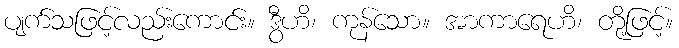
ပျက်သဖြင့်လည်းကောင်း။ ဒွီဟိ၊ ကုန်သော။ အာကာရေဟိ၊ တို့ဖြင့်။